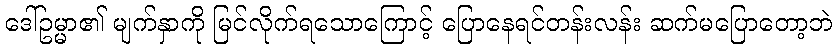
ဒေါ်ဥမ္မာ၏ မျက်နှာကို မြင်လိုက်ရသောကြောင့် ပြောနေရင်တန်းလန်း ဆက်မပြောတော့ဘဲ